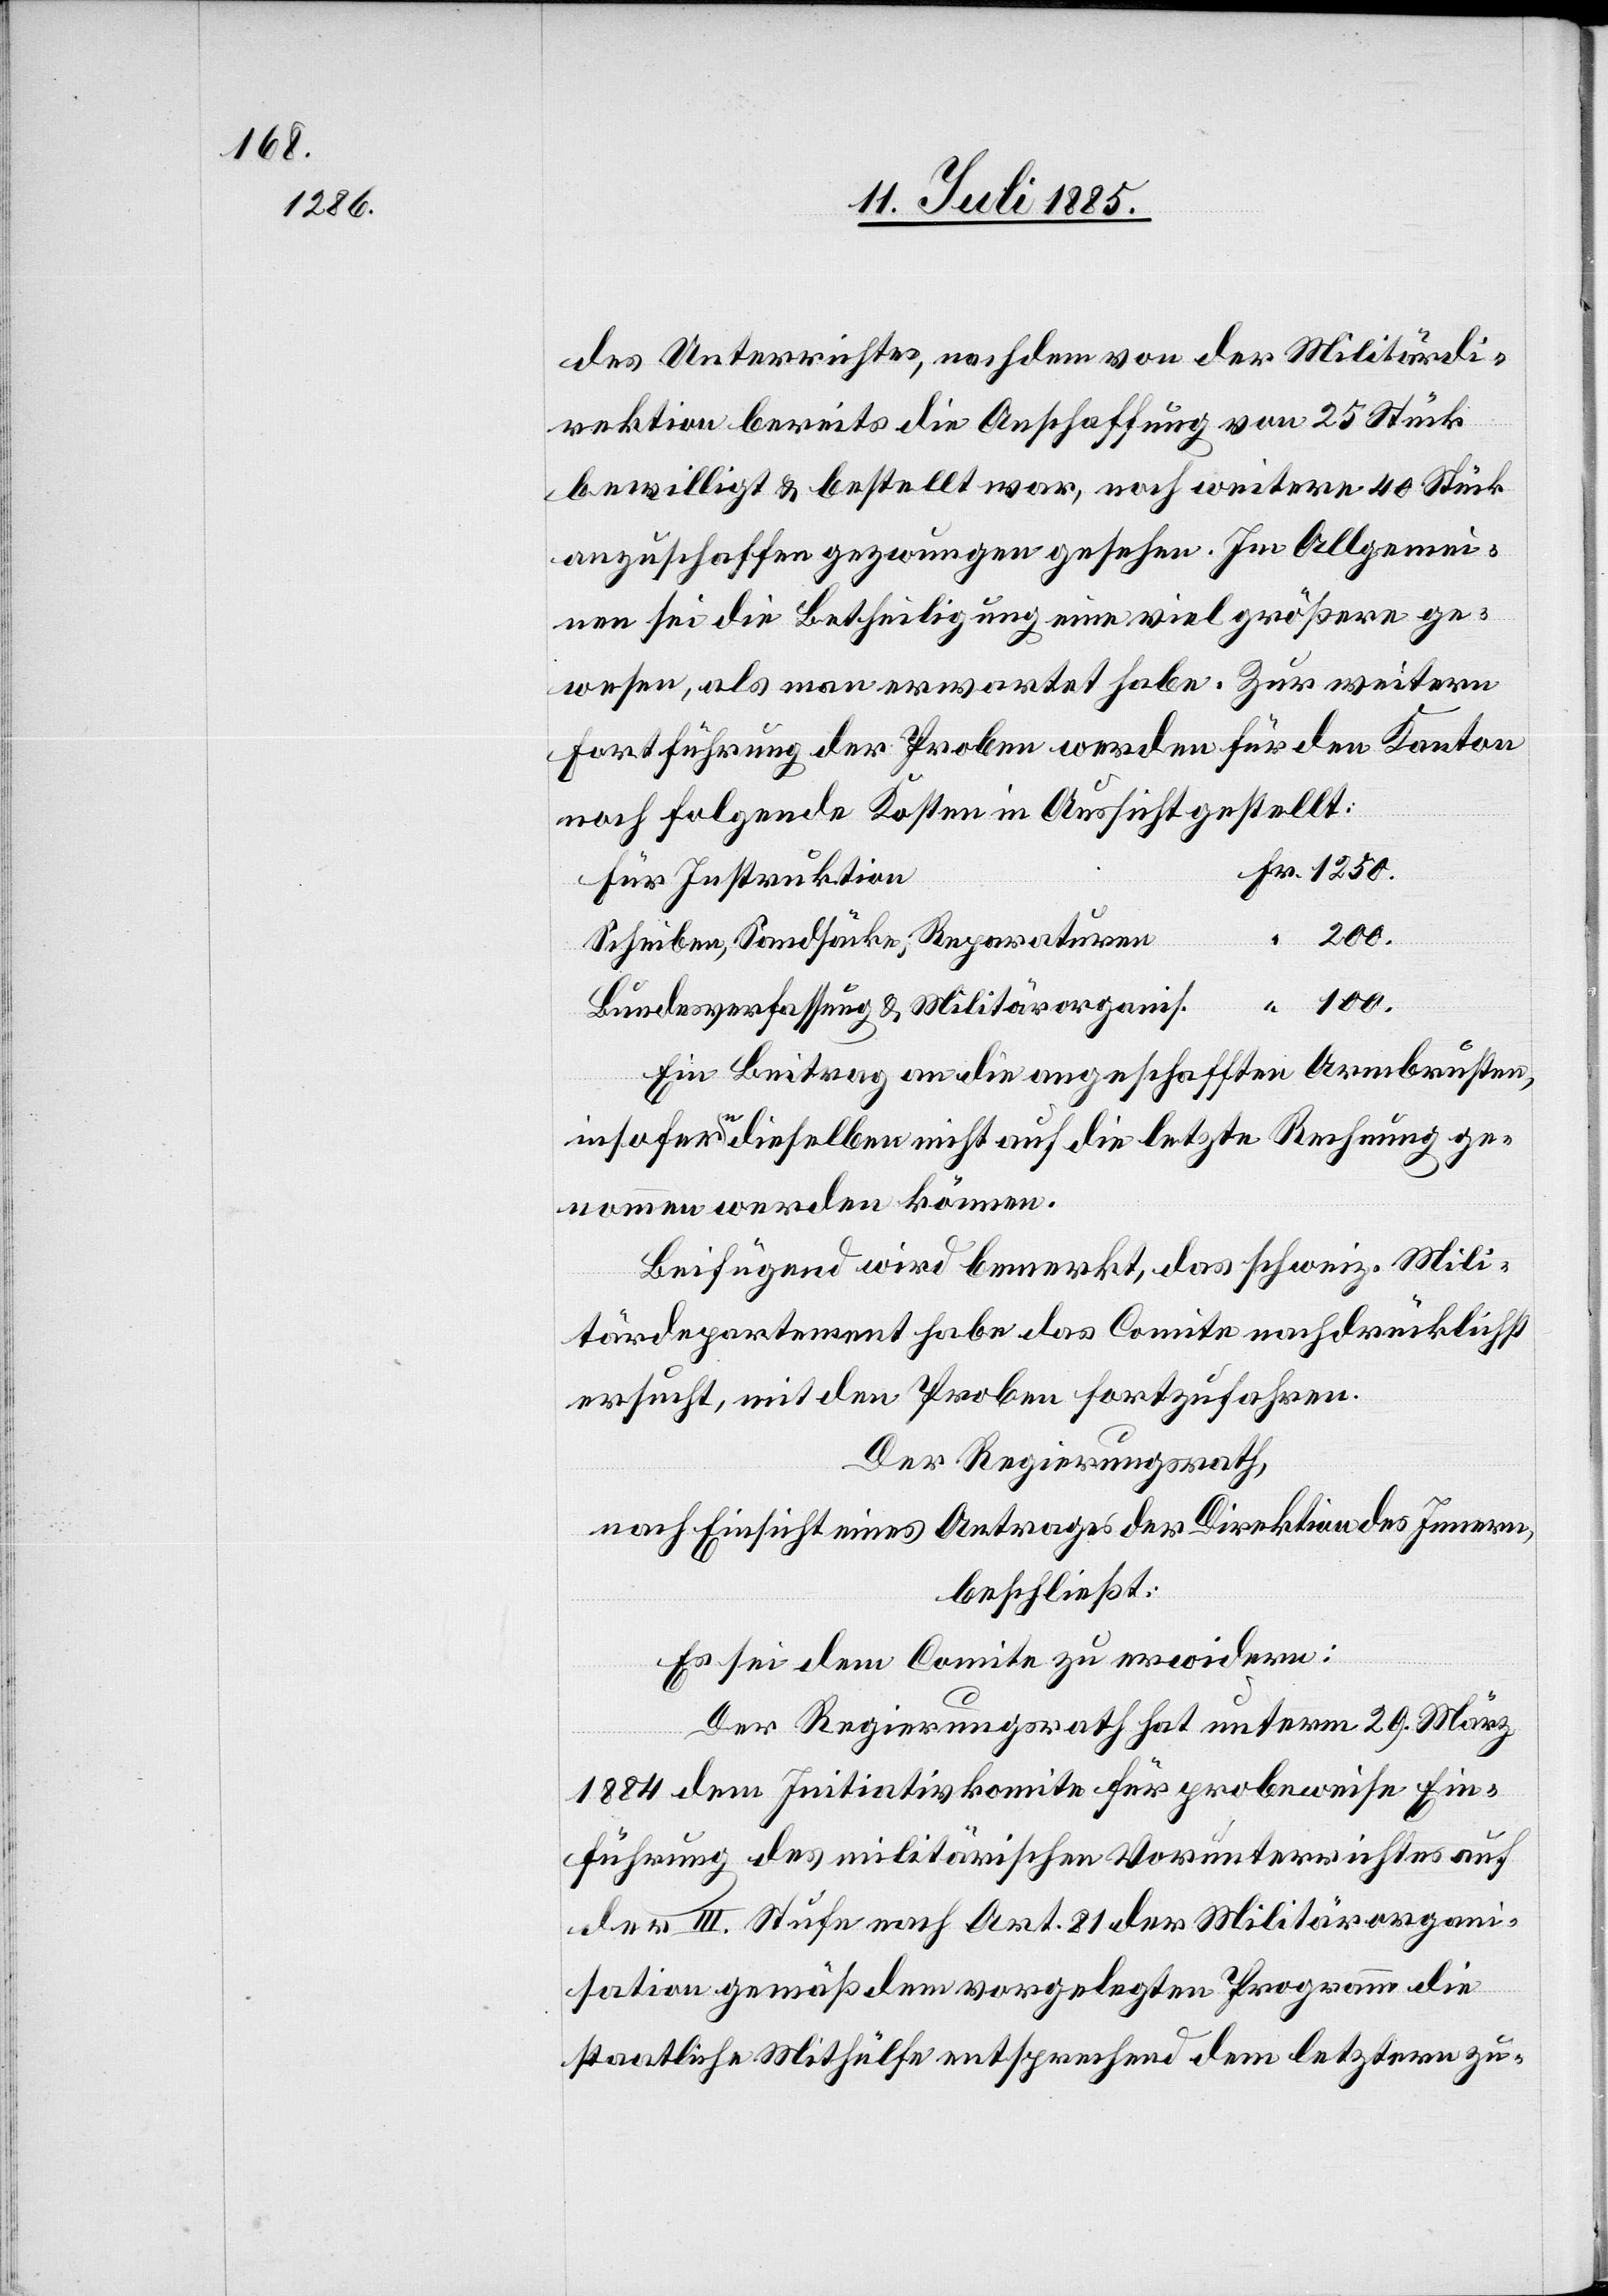
100.

des Unterrichtes, nachdem von der Militärdi¬
rektion bereits die Anschaffung von 25 Stück
bewilligt & bestellt war, noch weitere 40 Stück
anzuschaffen gezwungen gesehen. Im Allgemei¬
nen sei die Betheiligung eine viel größere ge¬
wesen, als man erwartet habe. Zur weitern
Fortführung der Proben werden für den Kanton
noch folgende Kosten in Aussicht gestellt:
für Instruktion
Scheiben, Sandsäcke, Reparaturen
200.
Bundesverfassung & Militärorganis.
Ein Beitrag an die angeschafften Armbrusten,
insofern dieselben nicht auf die letzte Rechnung ge¬
nommen werden können.
Beifügend wird bemerkt, das schweiz. Mili¬
tärdepartement habe das Comite nachdrücklichst
ersucht, mit den Proben fortzufahren.
Der Regierungsrath,
nach Einsicht eines Antrages der Direktion des Innern,
beschließt:
Es sei dem Comite zu erwidern:
Der Regierungsrath hat unterm 29. März
1884 dem Initiativkomite für probeweise Ein¬
führung des militärischen Vorunterrichtes auf
der III. Stufe nach Art. 81 der Militärorgani¬
sation gemäß dem vorgelegten Programm die
staatliche Mithülfe entsprechend dem letztern zu-